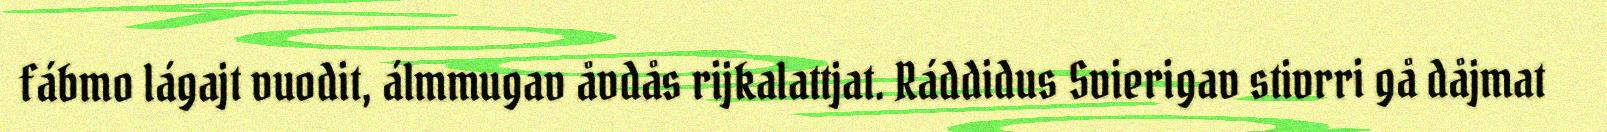
fábmo lágajt vuodit, álmmugav åvdås rijkalattjat. Ráddidus Svierigav stivrri gå dåjmat